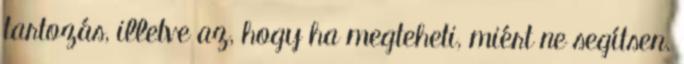
tartozás, illetve az, hogy ha megteheti, miért ne segítsen.